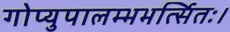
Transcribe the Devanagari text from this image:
गोप्युपालम्भभर्त्सितः।